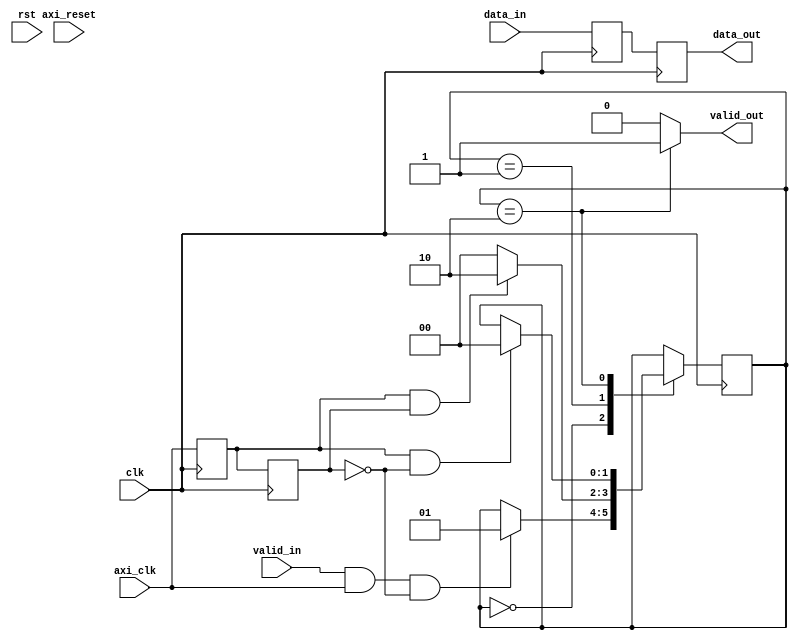
module timing_control_and_sync (
    // Input signals
    input wire clk,        // Clock signal
    input wire rst,        // Reset signal
    input wire axi_clk,    // AXI Clock signal
    input wire axi_reset,  // AXI Reset signal
    input wire data_in,    // Input data signal
    input wire valid_in,   // Valid input signal

    // Output signals
    output wire data_out,   // Output data signal
    output wire valid_out   // Valid output signal
);

// Clock and Reset Generation
reg axi_clk_sync, axi_clk_sync_d1;
reg axi_reset_sync, axi_reset_sync_d1;

// Data Synchronization
reg data_in_sync, data_in_sync_d1;

// State Machine for Timing Control
reg [1:0] state;
parameter IDLE = 2'b00;
parameter VALID = 2'b01;
parameter TRANSFER = 2'b10;

always @(posedge clk) begin
    // AXI Clock and Reset Synchronization
    axi_clk_sync_d1 <= axi_clk_sync;
    axi_clk_sync <= axi_clk;

    axi_reset_sync_d1 <= axi_reset_sync;
    axi_reset_sync <= axi_reset;

    // Data Synchronization
    data_in_sync_d1 <= data_in_sync;
    data_in_sync <= data_in;

    // State Machine for Timing Control
    case (state)
        IDLE: begin
            if (valid_in && axi_clk && !axi_clk_sync_d1) begin
                state <= VALID;
            end
        end

        VALID: begin
            if (axi_clk_sync && axi_clk_sync_d1) begin
                state <= TRANSFER;
            end else begin
                state <= IDLE;
            end
        end

        TRANSFER: begin
            if (axi_clk_sync && !axi_clk_sync_d1) begin
                state <= IDLE;
            end
        end
    endcase
end

// Data Output and Valid Signal Generation
assign data_out = data_in_sync_d1;
assign valid_out = (state == TRANSFER) ? 1'b1 : 1'b0;

endmodule